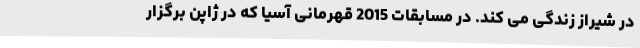
در شیراز زندگی می کند. در مسابقات 2015 قهرمانی آسیا که در ژاپن برگزار